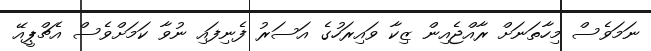
ނަމަވެސް މިހާތަނަށް ރާއްޖެއިން ޒިކާ ވައިރަހުގެ އަސަރު ފެނިފައި ނުވާ ކަމަށްވެސް އެޗްޕީއޭ